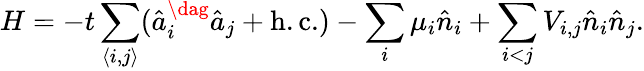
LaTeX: H=-t\sum_{\langle i,j\rangle}(\hat{a}_{i}^{\dag}\hat{a}_{j}+\mathrm{h.c.})-\sum_{i}\mu_{i}\hat{n}_{i}+\sum_{i<j}V_{i,j}\hat{n}_{i}\hat{n}_{j}.